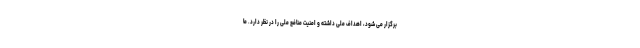
برگزار می شود، اهداف ملی داشته و امنیت منافع ملی را در نظر دارد. ما